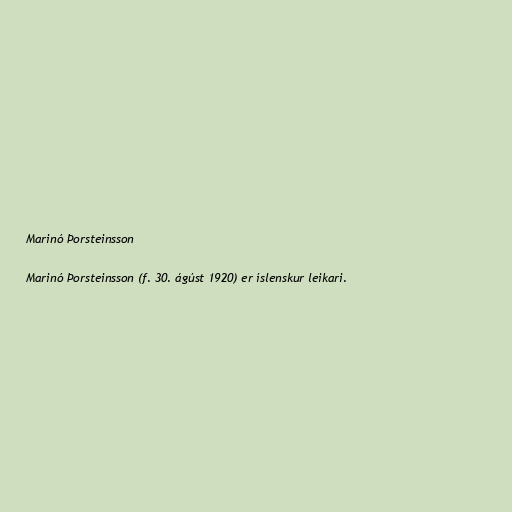
Marinó Þorsteinsson

Marinó Þorsteinsson (f. 30. ágúst 1920) er íslenskur leikari.